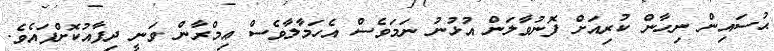
ޙުސައިން ނިހާން ކުރިއަށް ފޮނުވާލަން އުޅުނު ނަމަވެސް އެހަމާލާވެސް ޢިމްރާން ވަނީ ދިފާއުކޮށްފައެވެ.